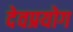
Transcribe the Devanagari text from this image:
देवप्रयोग